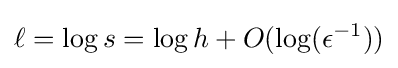
\ell =\log s=\log h+O(\log(\epsilon ^{-1}))